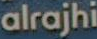
alrajhi